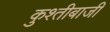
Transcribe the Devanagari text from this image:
कुश्तीबाजी